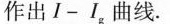
作出I-I_{g}曲线。